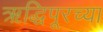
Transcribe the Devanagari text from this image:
ऋद्धिपूरच्या